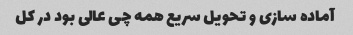
آماده سازی و تحویل سریع همه چی عالی بود در کل